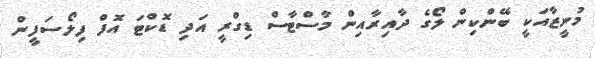
މުނީޒާއަކީ ބޭންކިން ލޯގެ ދާއިރާއިން މާސްޓާސް ޑިގްރީ އަދި ޑޮކްޓަ އޮފް ފިލޯސަފީން